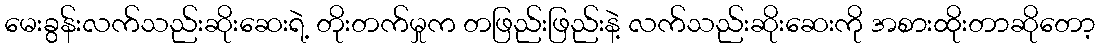
မေးခွန်းလက်သည်းဆိုးဆေးရဲ့ တိုးတက်မှုက တဖြည်းဖြည်းနဲ့ လက်သည်းဆိုးဆေးကို အစားထိုးတာဆိုတော့